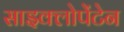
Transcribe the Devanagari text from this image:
साइक्लोपेंटेन